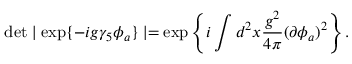
\operatorname * { d e t } \mid \exp \{ - i g \gamma _ { 5 } \phi _ { a } \} \mid = \exp \left\{ i \int d ^ { 2 } x \frac { g ^ { 2 } } { 4 \pi } ( \partial \phi _ { a } ) ^ { 2 } \right\} .